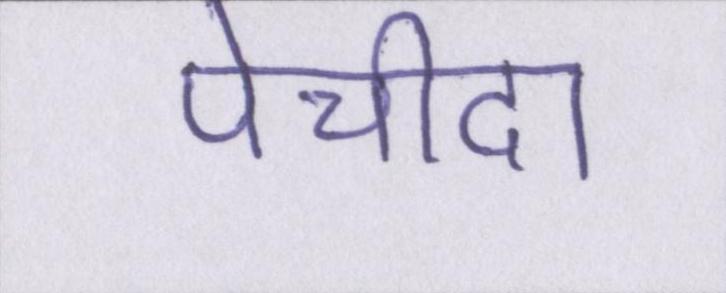
पेचीदा